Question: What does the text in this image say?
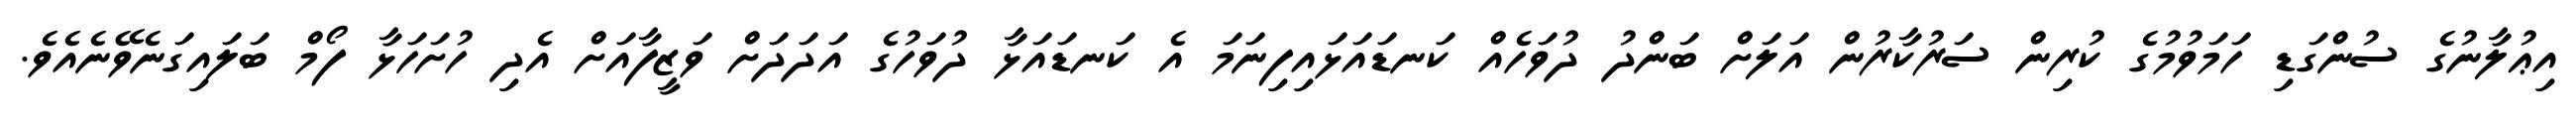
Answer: އިޢުލާނުގެ ސުންގަޑި ހަމަވުމުގެ ކުރިން ސަރުކާރުން އަލަށް ބަންދު ދުވަހެއް ކަނޑައަޅައިފިނަމަ އެ ކަނޑައަޅާ ދުވަހުގެ އަދަދަށް ވަޒީފާއަށް އެދި ހުށަހަޅާ ފޯމް ބަލައިގަނެވޭނެއެވެ.